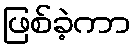
ဖြစ်ခဲ့ကာ